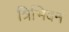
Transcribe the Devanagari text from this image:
त्रिभिवन